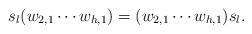
LaTeX: \begin{align*}s_l (w_{2,1}\cdots w_{h,1})=(w_{2,1}\cdots w_{h,1})s_l.\end{align*}